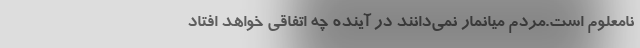
نامعلوم است.مردم میانمار نمی‌دانند در آینده چه اتفاقی خواهد افتاد